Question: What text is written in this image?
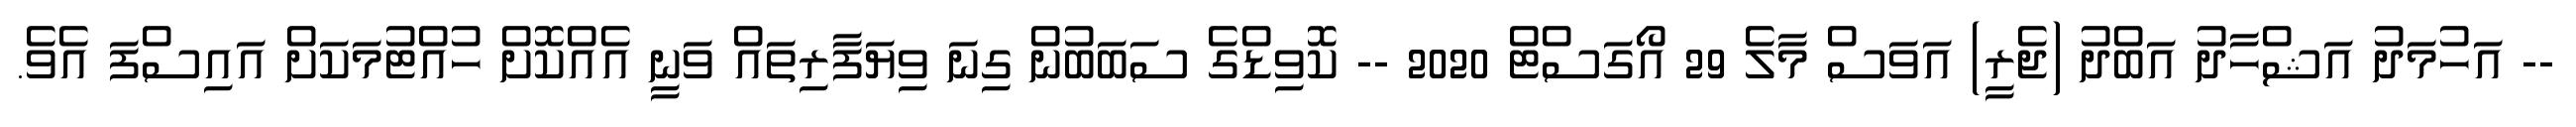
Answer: -- އަހުމަދު އަޝްހާދު އަބްދު (ޖެރީ) އަވަސް މާލެ 29 އޯގަސްޓް 2020 -- ކޮވިޑްގެ ސަބަބުން ގިނަ ވިޔަފާރިތައް ވަނީ އެއްކޮށް ހުއްޓުމަކަށް އައިސްފަ އެވެ.